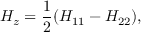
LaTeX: H _ { z } = \frac { 1 } { 2 } ( H _ { 1 1 } - H _ { 2 2 } ) ,